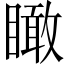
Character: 瞰